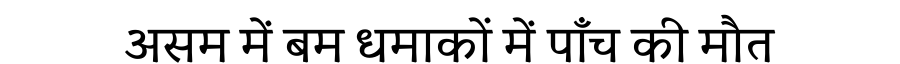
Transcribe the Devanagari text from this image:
असम में बम धमाकों में पाँच की मौत